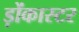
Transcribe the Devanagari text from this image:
ड़ोंकास्टर